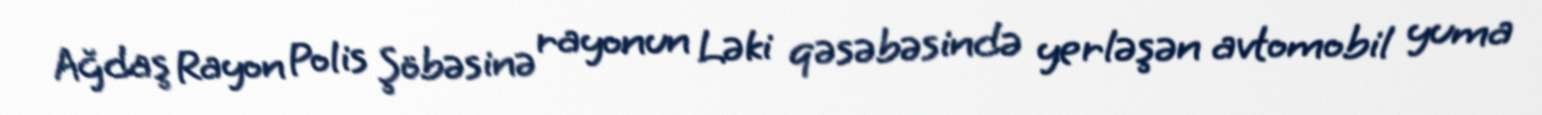
Ağdaş Rayon Polis Şöbəsinə rayonun Ləki qəsəbəsində yerləşən avtomobil yuma